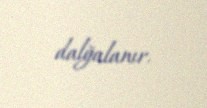
dalğalanır.